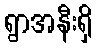
ရွာအနီးရှိ